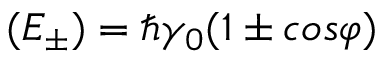
( E _ { \pm } ) = \hbar \gamma _ { 0 } ( 1 \pm c o s \varphi )